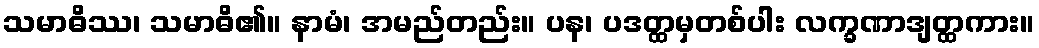
သမာဓိဿ၊ သမာဓိ၏။ နာမံ၊ အမည်တည်း။ ပန၊ ပဒတ္ထမှတစ်ပါး လက္ခဏာဒျတ္ထကား။